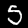
Digit: 5